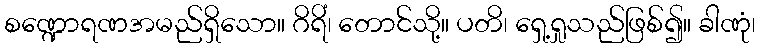
စဏ္ဍောရဏအမည်ရှိသော။ ဂိရိံ၊ တောင်သို့။ ပတိ၊ ရှေ့ရှုသည်ဖြစ်၍။ ခါဏုံ၊